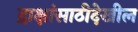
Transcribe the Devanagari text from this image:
द्राक्षांसाठीदेखील